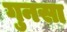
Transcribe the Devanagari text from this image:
गुनसा